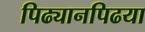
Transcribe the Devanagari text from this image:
पिढ्यानपिढया